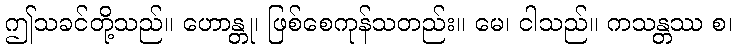
ဤသခင်တို့သည်။ ဟောန္တု၊ ဖြစ်စေကုန်သတည်း။ မေ၊ ငါသည်။ ကသန္တဿ စ၊